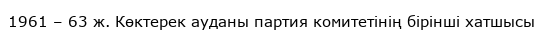
1961 – 63 ж. Көктерек ауданы партия комитетінің бірінші хатшысы